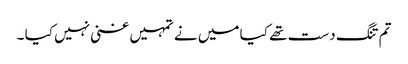
تم تنگ دست تھے کیا میں نے تمہیں غنی نہیں کیا ۔